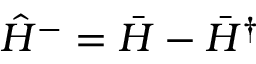
\hat { H } ^ { - } = \bar { H } - \bar { H } ^ { \dagger }